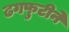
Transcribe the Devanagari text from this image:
ढगफुटीने